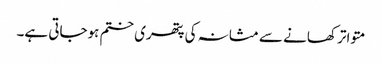
متواتر کھانے سے مثانہ کی پتھری ختم ہوجاتی ہے۔